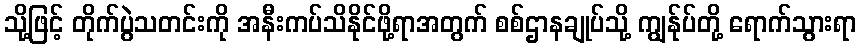
သို့ဖြင့် တိုက်ပွဲသတင်းကို အနီးကပ်သိနိုင်ဖို့ရာအတွက် စစ်ဌာနချုပ်သို့ ကျွန်ုပ်တို့ ရောက်သွားရာ